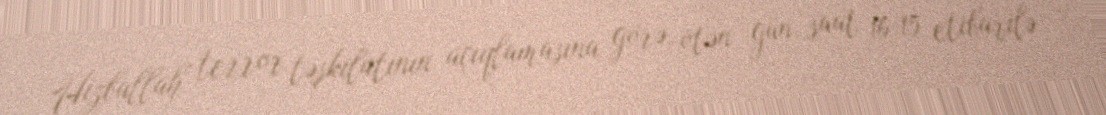
Hizbullah terror təşkilatının açıqlamasına görə, ötən gün saat 16:15 etibarilə